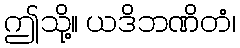
ဤသို့။ ယဒိဘဏိတံ၊